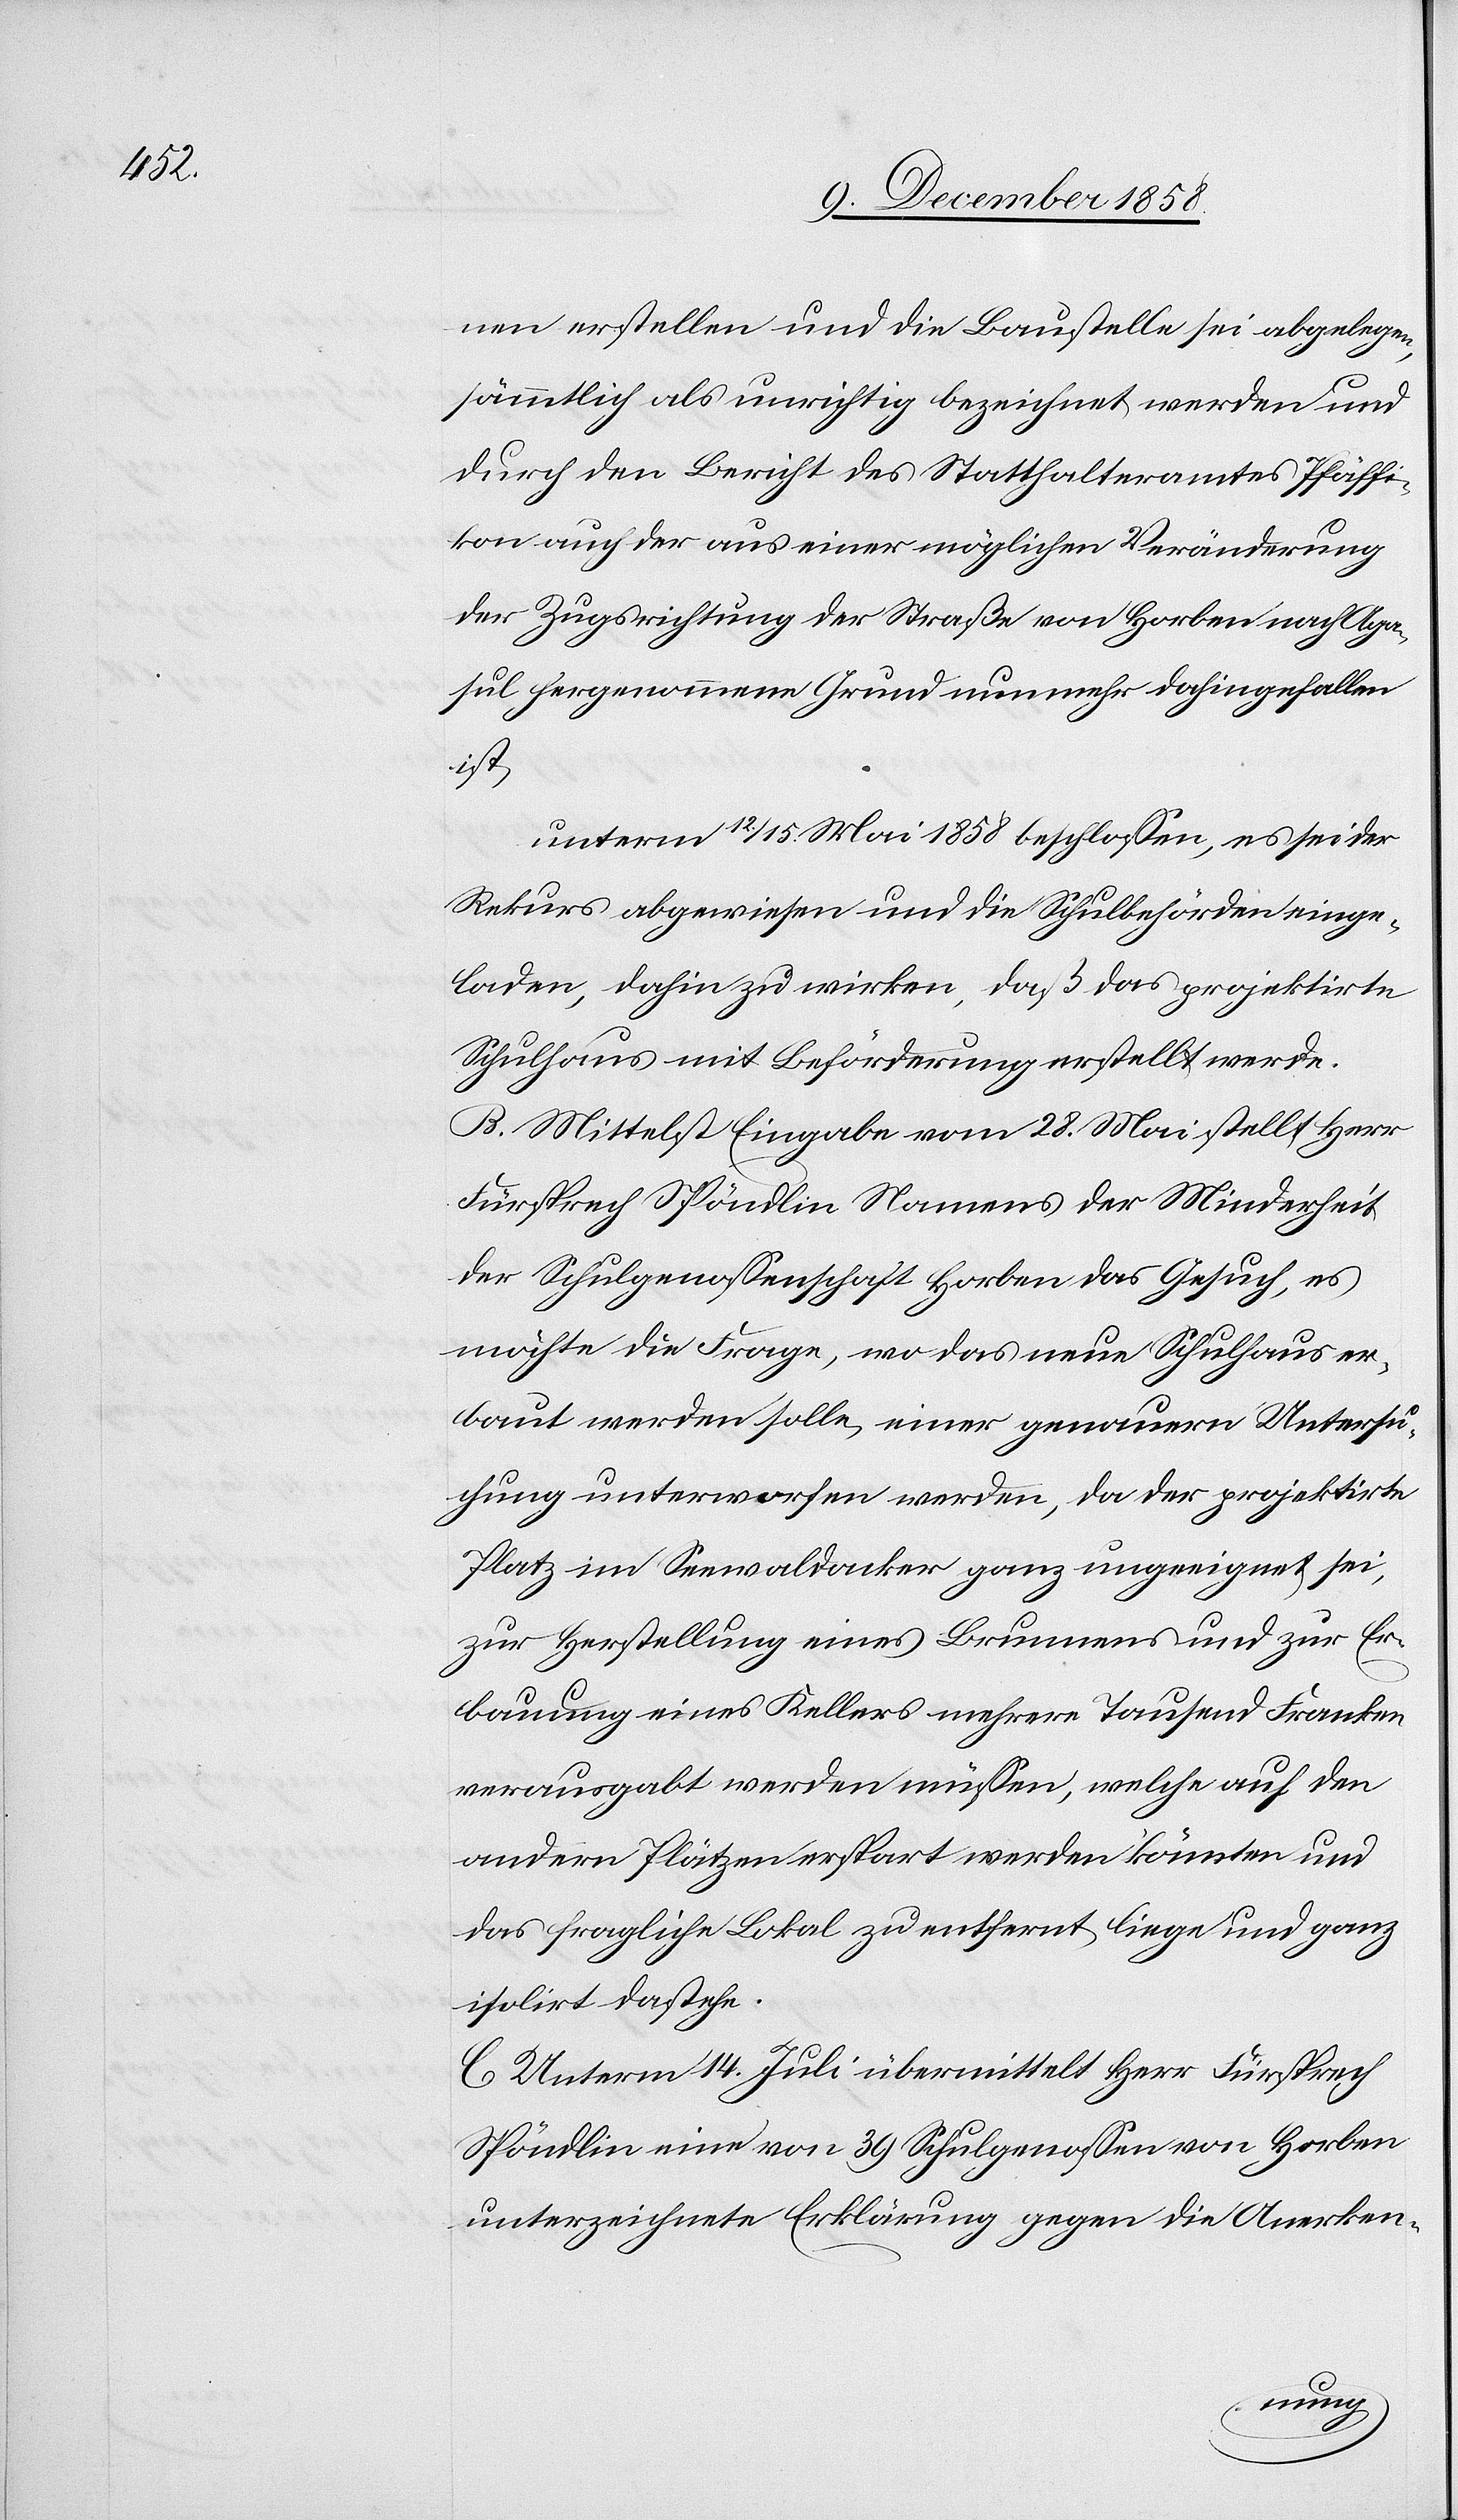
nen erstellen und die Baustelle sei abgelegen,
sämmtlich als unrichtig bezeichnet werden und
durch den Bericht des Statthalteramtes Pfäffi¬
kon auch der aus einer möglichen Veränderung
der Zugsrichtung der Straße von Horben nach Aga¬
sul hergenommene Grund nunmehr dahingefallen
ist,
unterm 12./15. Mai 1858 beschlossen, es sei der
Rekurs abgewiesen und die Schulbehörden einge¬
laden, dahin zu wirken, daß das projektirte
Schulhaus mit Beförderung erstellt werde.
B. Mittelst Eingabe vom 28. Mai stellt Herr
Fürsprech Spöndlin Namens der Minderheit
der Schulgenossenschaft Horben das Gesuch, es
möchte die Frage, wo das neue Schulhaus er¬
baut werden solle, einer genauern Untersu¬
chung unterworfen werden, da der projektirte
Platz im Seewaldacker ganz ungeeignet sei,
zur Herstellung eines Brunnens und zur Er¬
bauung eines Kellers mehrere Tausend Franken
verausgabt werden müssen, welche auf den
andern Plätzen erspart werden könnten und
das fragliche Lokal zu entfernt liege und ganz
isolirt dastehe.
C. Unterm 14. Juli übermittelt Herr Fürsprech
Spöndlin eine von 39 Schulgenossen von Horben
unterzeichnete Erklärung gegen die Anerken-